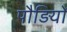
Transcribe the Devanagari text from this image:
पौड़ियों